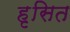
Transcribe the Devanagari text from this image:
हृसित